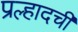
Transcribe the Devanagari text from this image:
प्रल्हादची